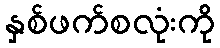
နှစ်ဖက်စလုံးကို